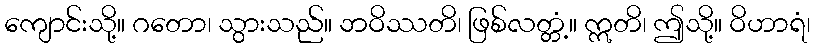
ကျောင်းသို့။ ဂတော၊ သွားသည်။ ဘဝိဿတိ၊ ဖြစ်လတ္တံ့။ ဣတိ၊ ဤသို့။ ဝိဟာရံ၊